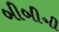
બીબીની